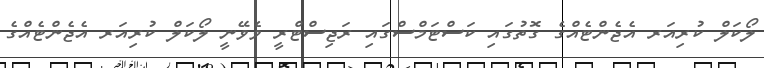
ލޯކަލް ކުރިއަރ އެޖެންޓެއްގެ ގޮތުގައި ކަސްޓަމްސްގައި ރަޖިސްޓްރީ ވެވޭނީ ލޯކަލް ކުރިއަރ އެޖެންޓެއްގެ